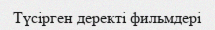
Түсірген деректі фильмдері